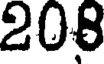
208